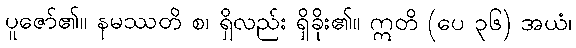
ပူဇော်၏။ နမဿတိ စ၊ ရှိလည်း ရှိခိုး၏။ ဣတိ (ပေ ၃၆) အယံ၊